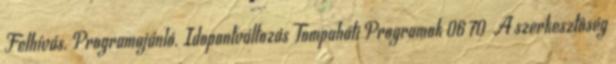
Felhívás. Programajánló. Idopontváltozás Tompaháti Programok 06 70 A szerkesztôség